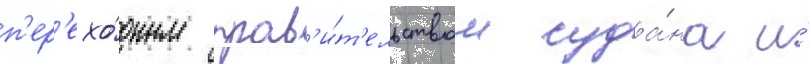
п'ер'ехо́дным прав'и́т'ельством суда́на и́